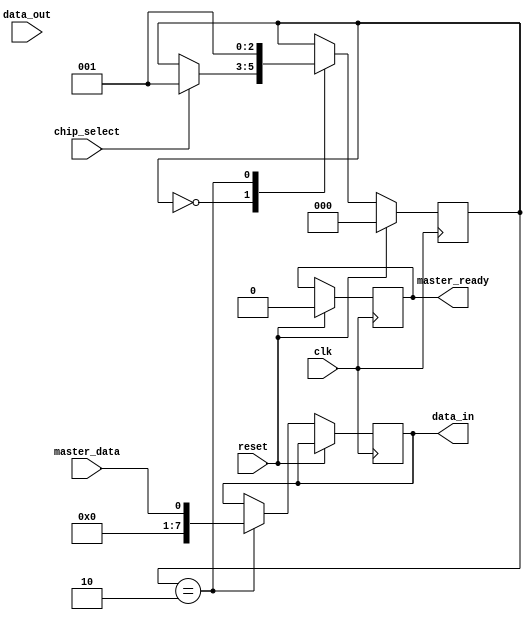
module SPI_Controller(input wire clk,
                       input wire reset,
                       input wire chip_select,
                       input wire master_data,
                       input wire [7:0] data_out,
                       output reg master_ready,
                       output reg [7:0] data_in);

   // Timing control and synchronization blocks
   
   reg [7:0] internal_data_out;
   reg [7:0] internal_data_in;
   reg clk_divider;
   reg [2:0] state;
   reg [7:0] error_count;
   
   always @(posedge clk) begin
      if (reset) begin
         state <= 0;
         clk_divider <= 0;
         master_ready <= 0;
         error_count <= 0;
      end else begin
         case(state)
            0: begin // Idle state
               if (chip_select) begin
                  state <= 1;
                  clk_divider <= 0;
               end
            end
            1: begin // Data transmission state
               clk_divider <= clk_divider + 1;
               if (clk_divider == 1) begin
                  internal_data_out <= data_out;
               end
               if (clk_divider == 2) begin
                  internal_data_in <= master_data;
                  state <= 2;
               end
            end
            2: begin // Data reception state
               internal_data_in <= master_data;
               state <= 1;
               if (internal_data_in != data_out) begin
                  error_count <= error_count + 1;
               end
            end
         endcase
      end
   end
   
   assign data_in = internal_data_in;

endmodule